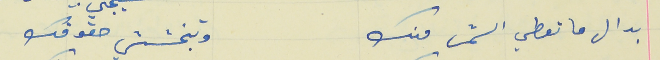
بدال ما تعطي الشمس منك                              وتبخششي حقوقك